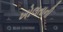
ખોલતાની